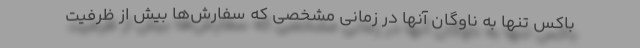
باکس تنها به ناوگان آنها در زمانی مشخصی که سفارش‌ها بیش از ظرفیت